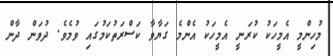
މުހިންމީ އެމީހަކު ކުރަނީ އެމީހަކު އެންމެ ގަޔާވާ ކަސްރަތުކަމުގައި ވުމެވެ. ދުވަން ދާން